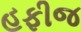
હફીજ